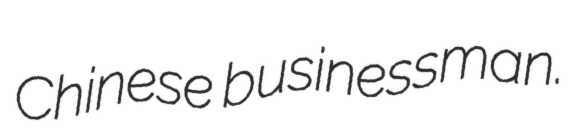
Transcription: Chinese businessman.